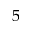
5